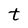
Character: t